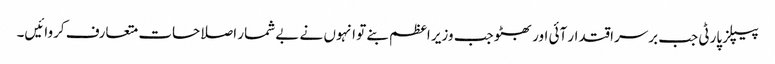
پیپلز پارٹی جب برسراقتدار آئی اور بھٹو جب وزیر اعظم بنے تو انہوں نے بے شمار اصلاحات متعارف کروائیں۔